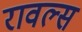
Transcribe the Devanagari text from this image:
रावल्स